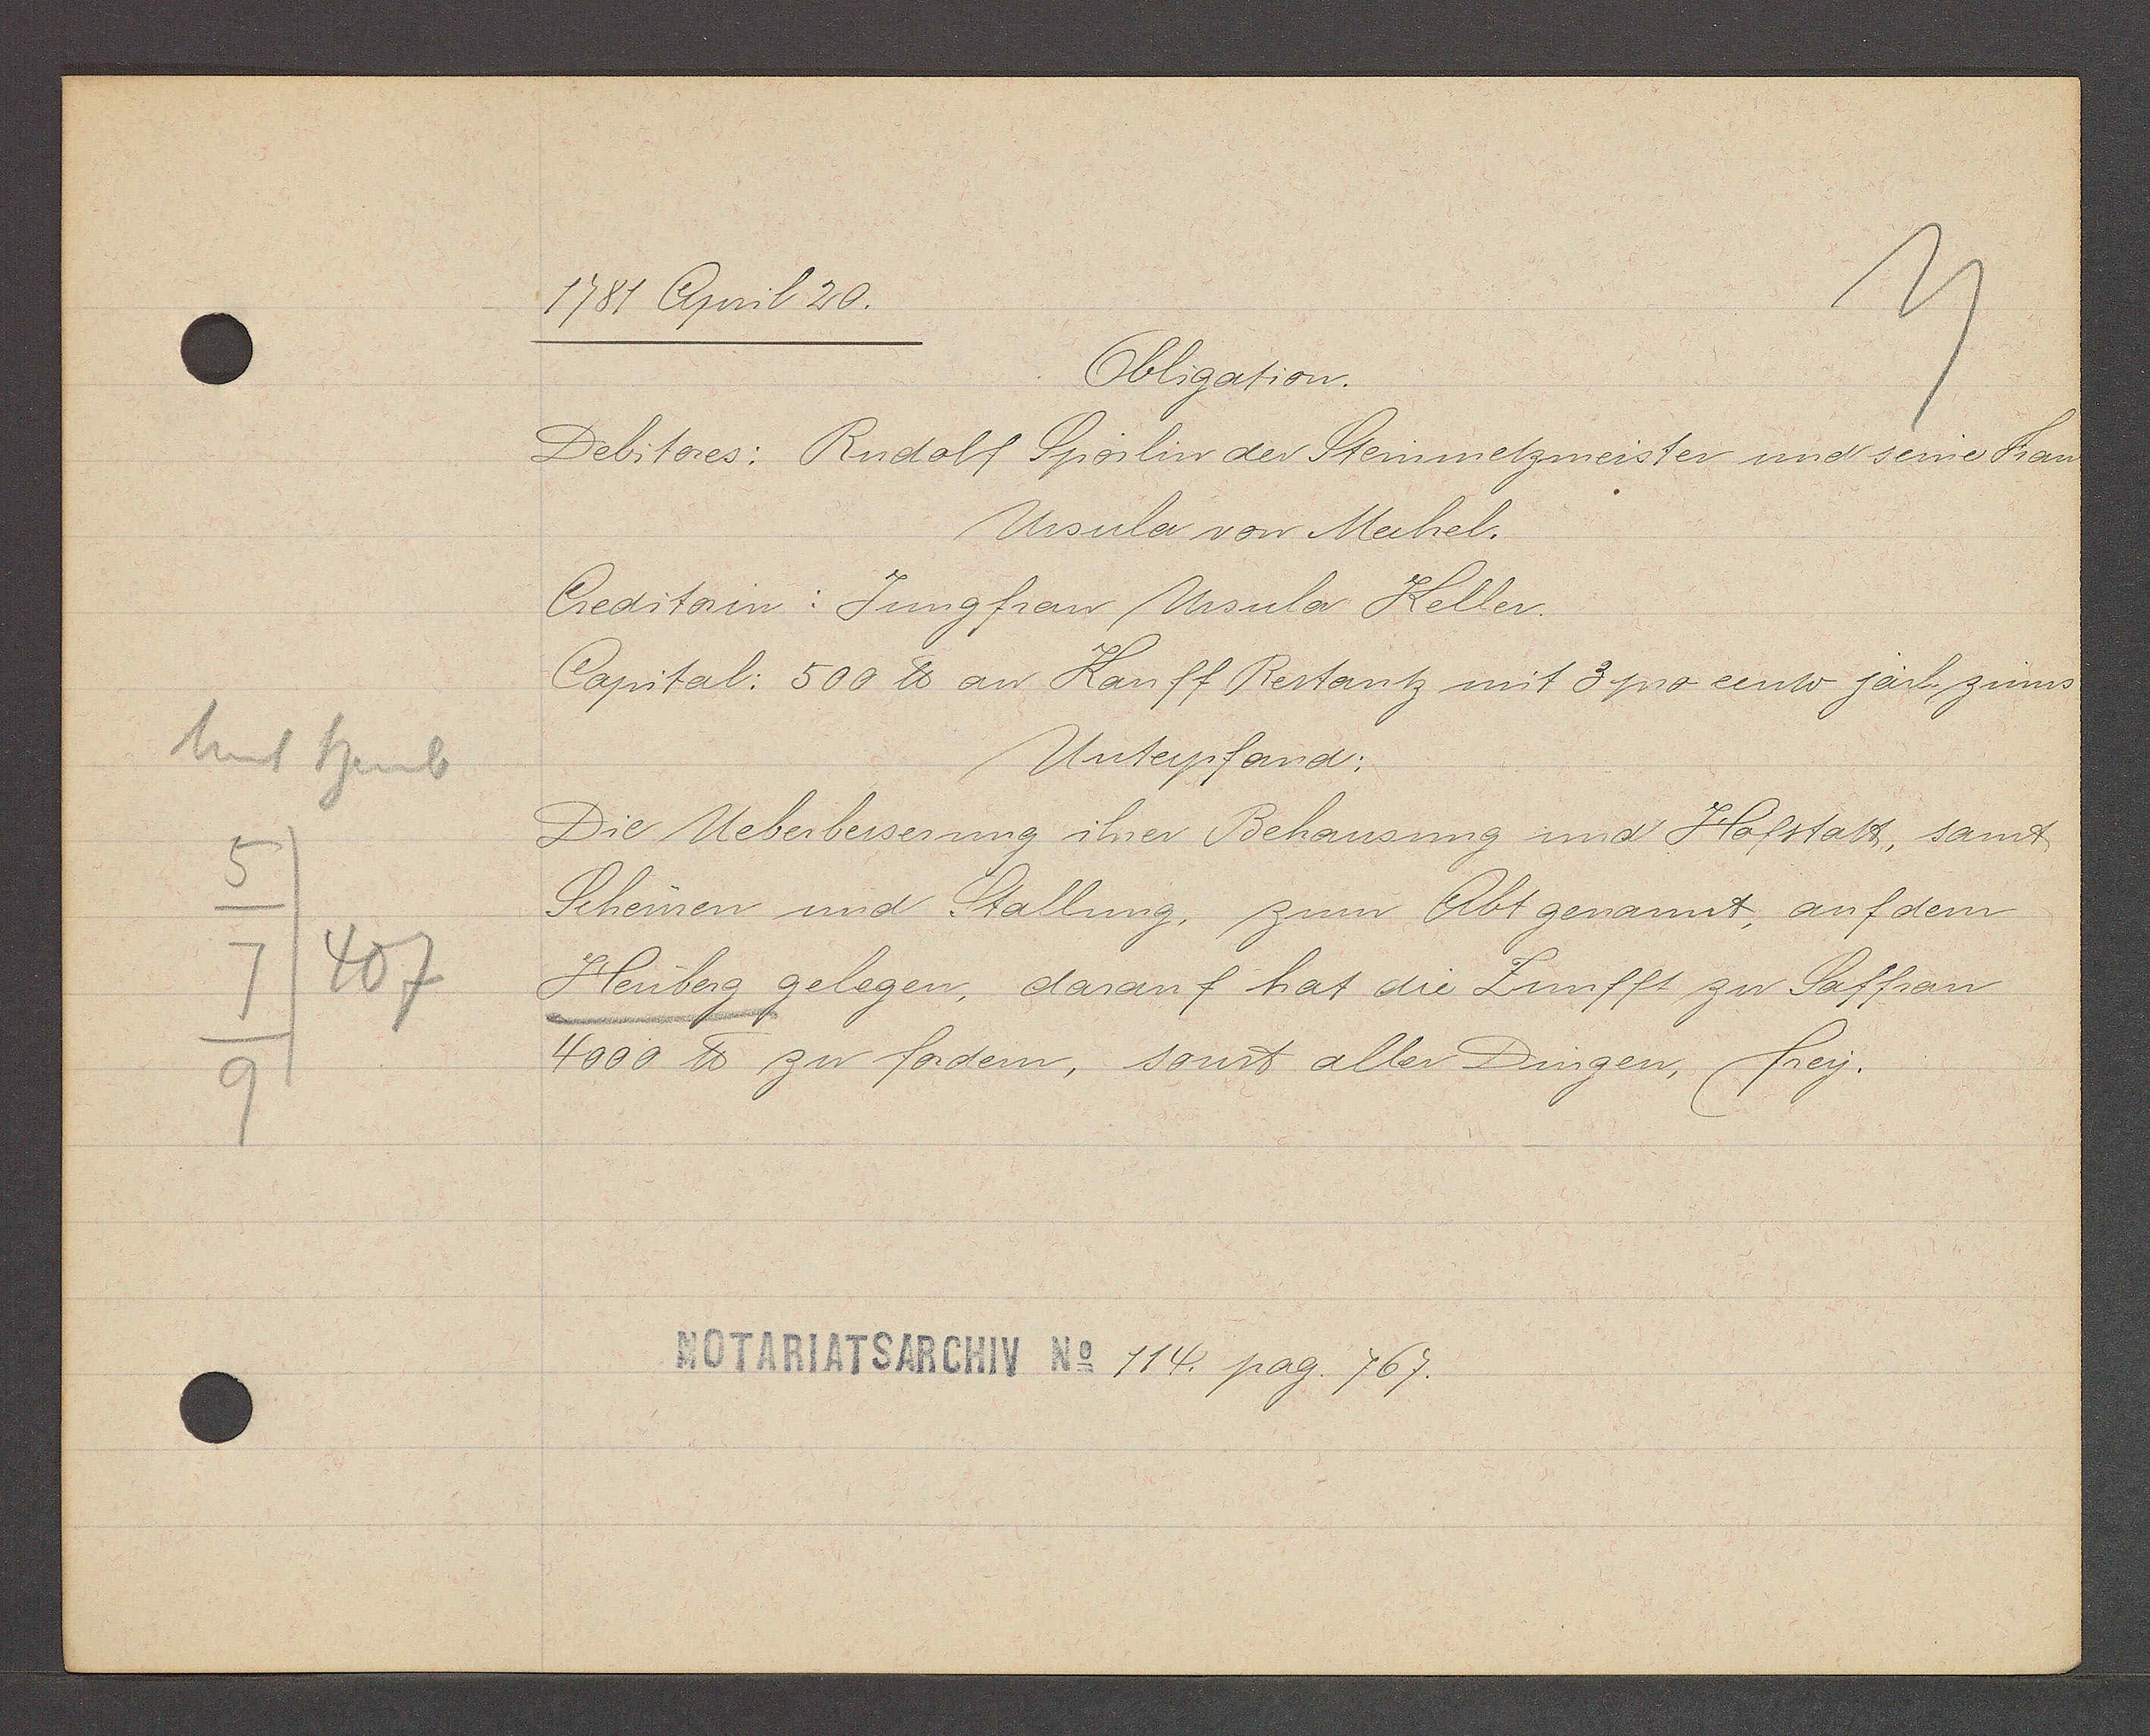
Transcript:
Unt heub
5
7
407.
9

1781 April 20.

Obligation.
Debitores: Rudolf Spörlin der Steinmetzmeister und seine Fau
Ursula von Mechel.
Creditorin: Jungfrau Ursula Keller.
Capital: 500 ℔ an Kauff Restantz mit 3 pro cento järl. zinns
Unterpfand;
Die Ueberbesserung ihrer Behausung und Hofstatt, samt
Scheinen und Stallung, zum Abt genannt, auf dem
Heuberg gelegen, darauf hat die Zunfft zu Saffran
4000 ℔ zu fordern, sonst aller Dingen, frey.

Notariatsarchiv No 114. pag. 767.